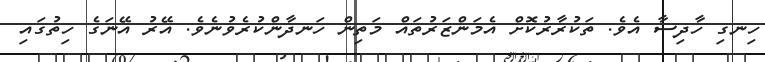
ހިނގި ހާދިސާ އެވެ. ތަކުރާރުކޮށް އެމަންޒަރުތައް މަތިން ހަނދާންކުރެވުނެވެ. އޭރު އޭނަގެ ހިތުގައި